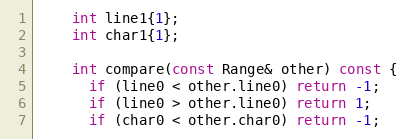
Language: C
    int line1{1};
    int char1{1};

    int compare(const Range& other) const {
      if (line0 < other.line0) return -1;
      if (line0 > other.line0) return 1;
      if (char0 < other.char0) return -1;